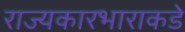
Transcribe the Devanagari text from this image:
राज्यकारभाराकडे